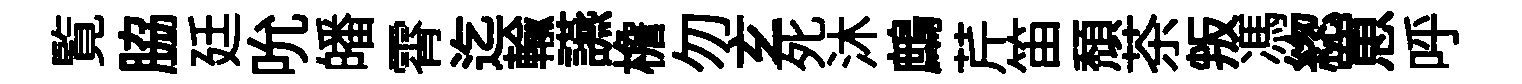
覧脇廷吮皤霄迄輸讌檐勿𤣥死沐鷓芹笛頽茶叛馮緫罳呼